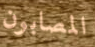
المصابون